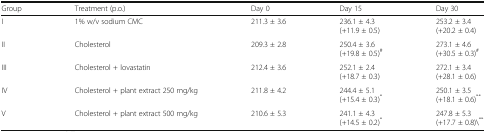
<table><thead><tr><td><b>Group</b></td><td><b>Treatment (p.o.)</b></td><td><b>Day 0</b></td><td><b>Day 15</b></td><td><b>Day 30</b></td></tr></thead><tbody><tr><td>I</td><td>1% w/v sodium CMC</td><td>211.3 ± 3.6</td><td>236.1 ± 4.3(+11.9 ± 0.5)</td><td>253.2 ± 3.4(+20.2 ± 0.4)</td></tr><tr><td>II</td><td>Cholesterol</td><td>209.3 ± 2.8</td><td>250.4 ± 3.6(+19.8 ± 0.5)<sup>#</sup></td><td>273.1 ± 4.6(+30.5 ± 0.3)<sup>#</sup></td></tr><tr><td>III</td><td>Cholesterol + lovastatin</td><td>212.4 ± 3.6</td><td>252.1 ± 2.4(+18.7 ± 0.3)</td><td>272.1 ± 3.4(+28.1 ± 0.6)</td></tr><tr><td>IV</td><td>Cholesterol + plant extract 250 mg/kg</td><td>211.8 ± 4.2</td><td>244.4 ± 5.1(+15.4 ± 0.3)<sup>*</sup></td><td>250.1 ± 3.5(+18.1 ± 0.6)<sup>**</sup></td></tr><tr><td>V</td><td>Cholesterol + plant extract 500 mg/kg</td><td>210.6 ± 5.3</td><td>241.1 ± 4.3(+14.5 ± 0.2)<sup>*</sup></td><td>247.8 ± 5.3(+17.7 ± 0.8)\<sup>**</sup></td></tr></tbody></table>